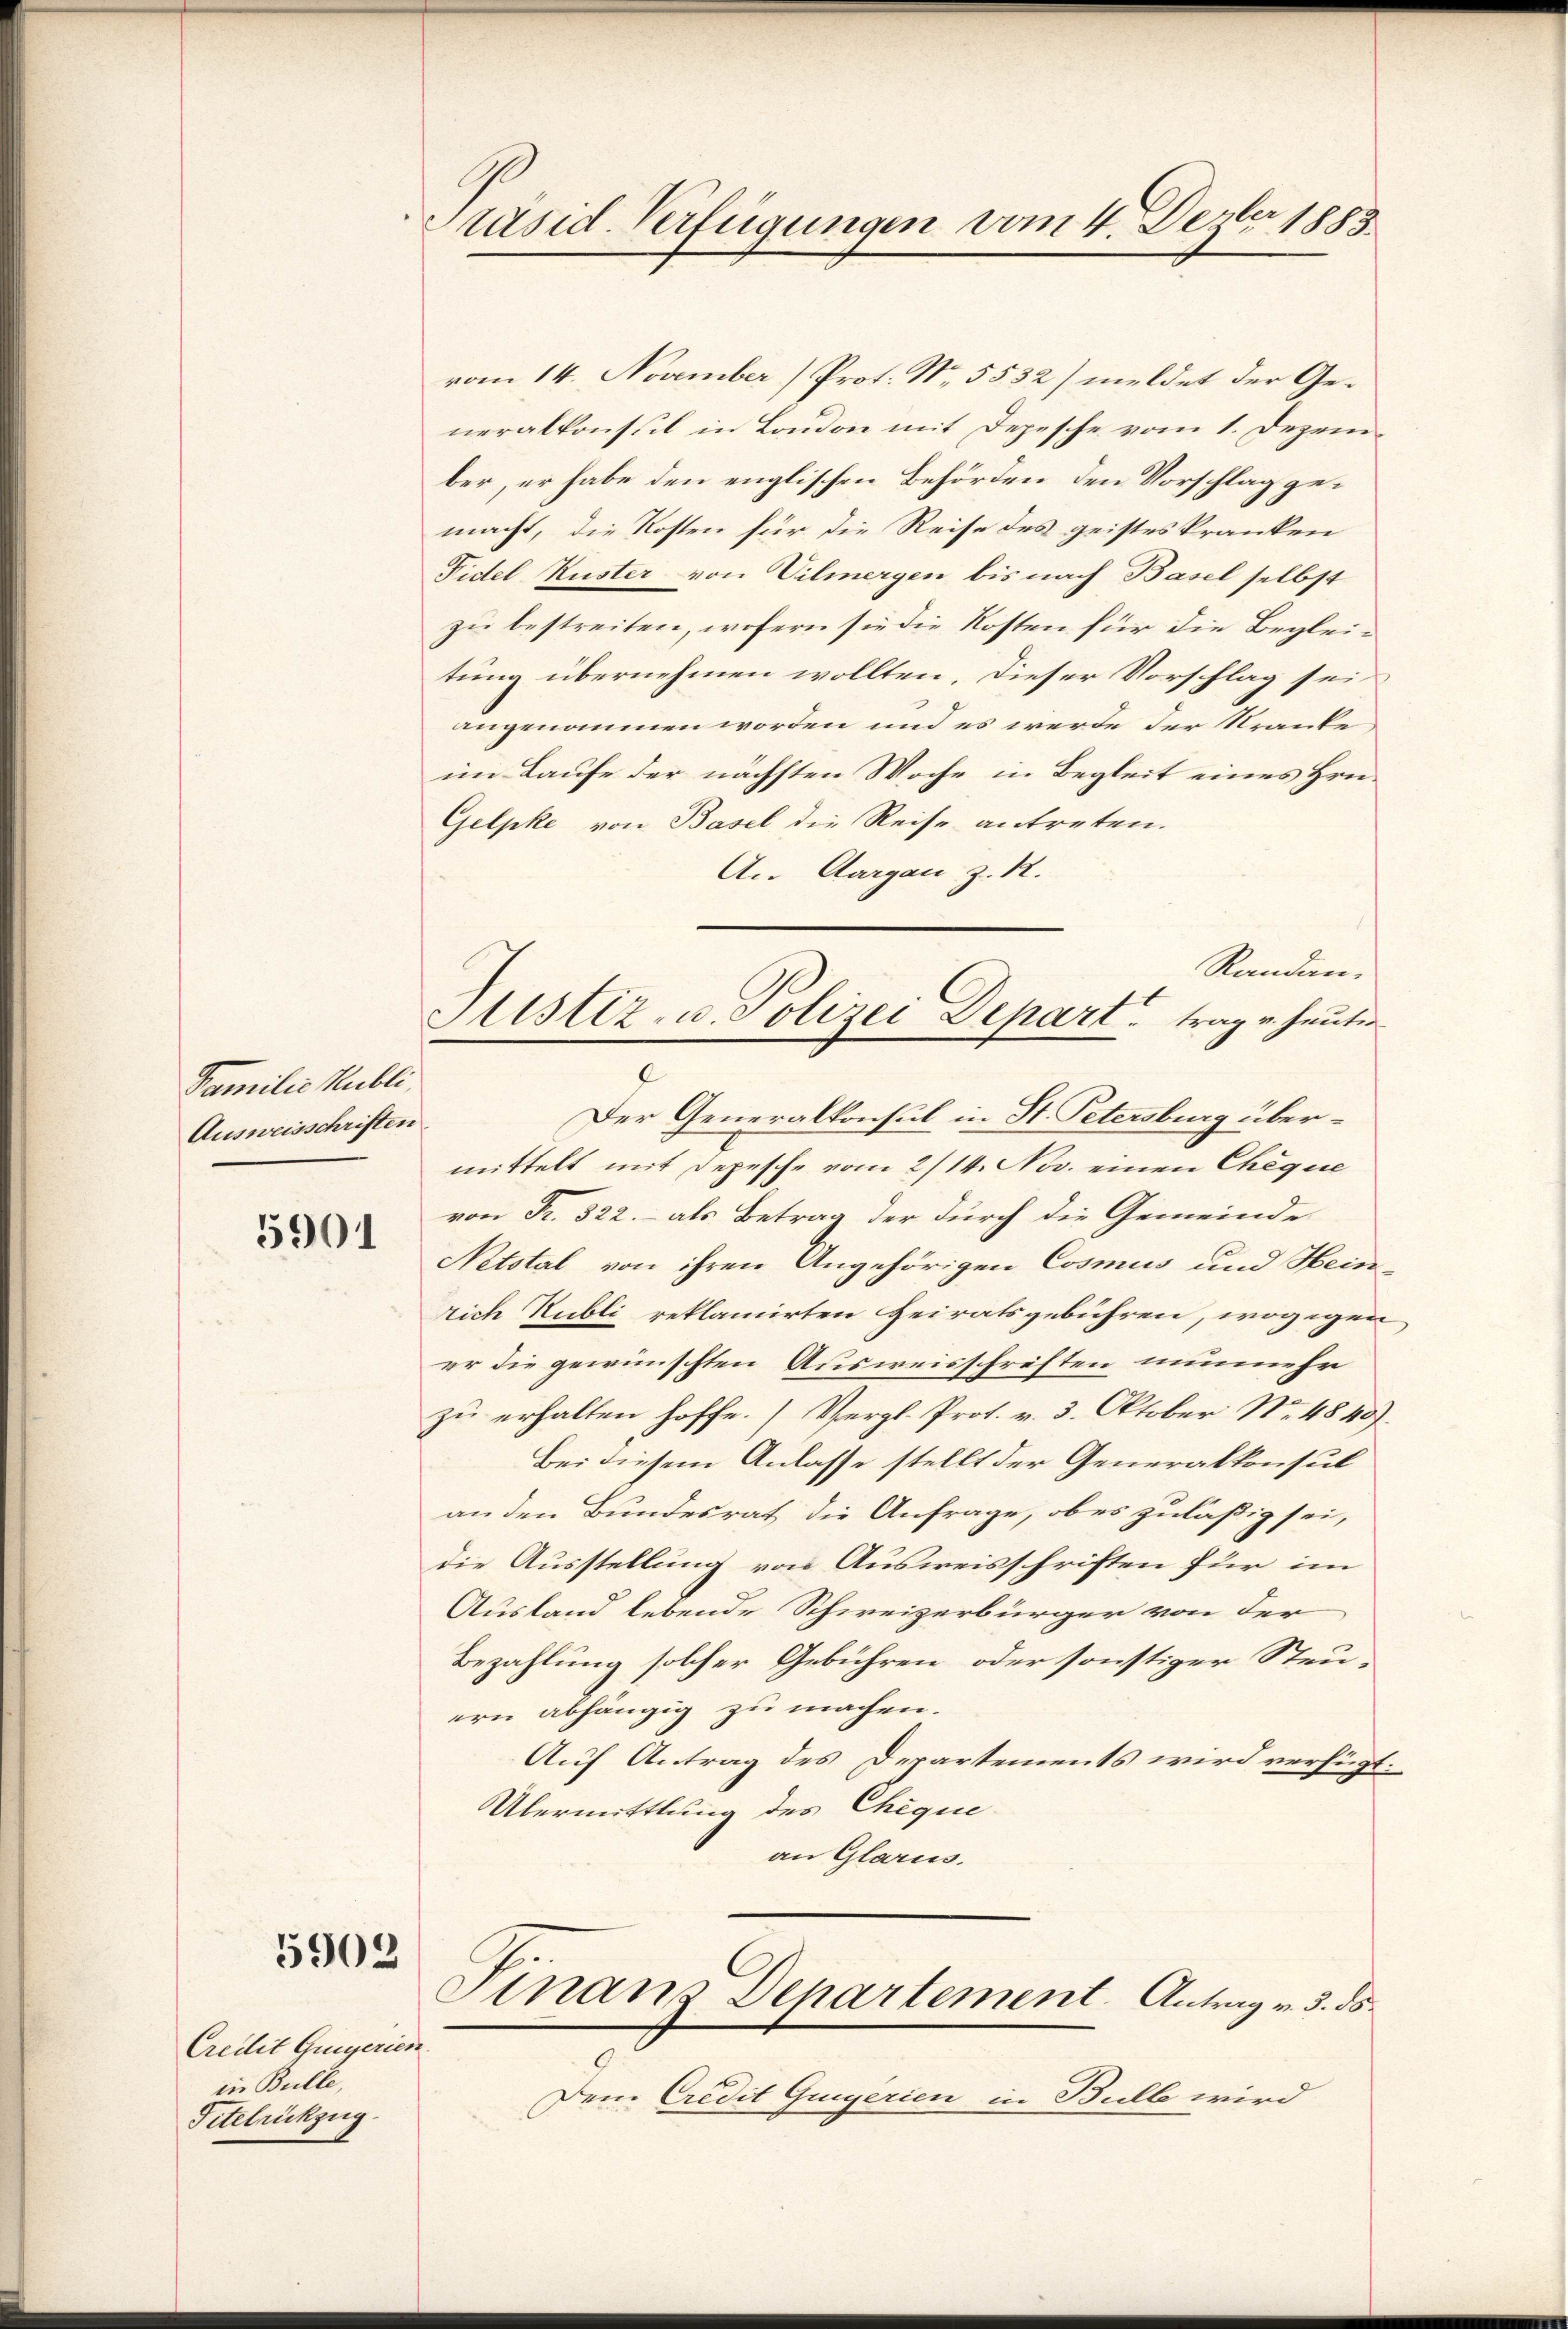
Familie Publi,
Ausweisschriften

5901

5902

Creilit Guigerien
in Bulle,
Titelrückzug.

Präsid. Verfügungen vom 4. Dezer 1883.

Sistiz- u. Polizei Depart. trag u. heuten
J

vom 14. November) Prot. No. 5532) meldet der Generalkonsul in London mit Depesche vom 1. Dezember, er habe den englischen Behörden den Vorschlag gemacht, die Kosten für die Reise des geisteskranken
Fidel Kuster von Vilmergen bis nach Basel selbst
zu bestreiten, wofern sie die Kosten für die Begleitung übernehmen wollten, dieser Vorschlag sei
angenommen worden und es werde der Kranke,
im Laufe der nächsten Woche in Begleit eines Hrn.
Gelpke von Basel die Reise antreten.
An Aargau, z. R.
Randan¬
Der Generalkonsul in St. Petersburg übermittelt mit Depesche vom 2/14. Nov. einen Cheque
von Fr. 322. - als Betrag der durch die Gemeinde
Netstal von ihren Angehörigen Cosmus und Hein
rich Rubli reklamirten Heiratsgebühren, wogegen
er die gewünschten Ausweisschriften nunmehr
zu erhalten hoffe. (Vergl. Prot. v. 3. Oktober No 4840).
Bei diesem Anlasse stellt der Generalkonsul
an den Bundesrat die Anfrage, ob es zuläßig sei,
die Ausstellung von Ausweisschriften für im
Ausland lebende Schweizerbürger von der
Bezahlung solcher Gebühren oder sonstiger Steu-
ern abhängig zu machen.
Auf Antrag des Departements wird verfügt:
Übermittlung des Cheque
an Glarus.
Finanz Departement. Antrag v. 3. ds.
Dem Credit Gugerien in Bulle wird